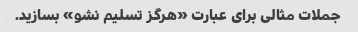
جملات مثالی برای عبارت «هرگز تسلیم نشو» بسازید.